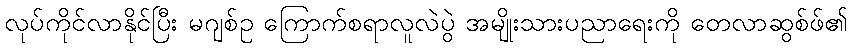
လုပ်ကိုင်လာနိုင်ပြီး မဂျစ်ဥ ကြောက်စရာလူလဲပွဲ အမျိုးသားပညာရေးကို တေလာဆွစ်ဖ်၏